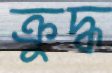
ক্রুদ্ধ